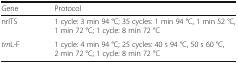
<table><thead><tr><td><b>Gene</b></td><td><b>Protocol</b></td></tr></thead><tbody><tr><td>nrITS</td><td>1 cycle: 3 min 94 °C; 35 cycles: 1 min 94 °C, 1 min 52 °C, 1 min 72 °C; 1 cycle: 8 min 72 °C</td></tr><tr><td><i>trn</i>L-F</td><td>1 cycle: 4 min 94 °C; 25 cycles: 40 s 94 °C, 50 s 60 °C, 2 min 72 °C; 1 cycle: 8 min 72 °C</td></tr></tbody></table>